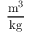
\frac { \mathrm { m ^ { 3 } } } { \mathrm { k g } }